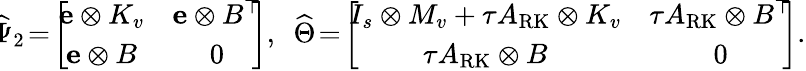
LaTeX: \begin{array}{cc}{\! \! \widehat{\Psi}_{2}\! =\! \left[\! \! \begin{array}{cc}{\mathbf{e}\otimes K_{v}}&{\mathbf{e}\otimes B^{\top}}\\ {\mathbf{e}\otimes B}&{0}\end{array}\! \! \right],}&{\! \! \widehat{\Theta}\! =\! \left[\! \! \begin{array}{cc}{I_{s}\otimes M_{v}+\tau A_{\mathrm{RK}}\otimes K_{v}}&{\tau A_{\mathrm{RK}}\otimes B^{\top}}\\ {\tau A_{\mathrm{RK}}\otimes B}&{0}\end{array}\! \! \right].}\end{array}